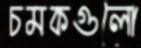
চমকগুলো